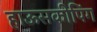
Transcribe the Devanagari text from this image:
हाऊसकीपिंग